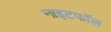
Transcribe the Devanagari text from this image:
नाइटफॉल